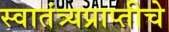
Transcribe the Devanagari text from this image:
स्वातंत्र्यप्राप्तीचे